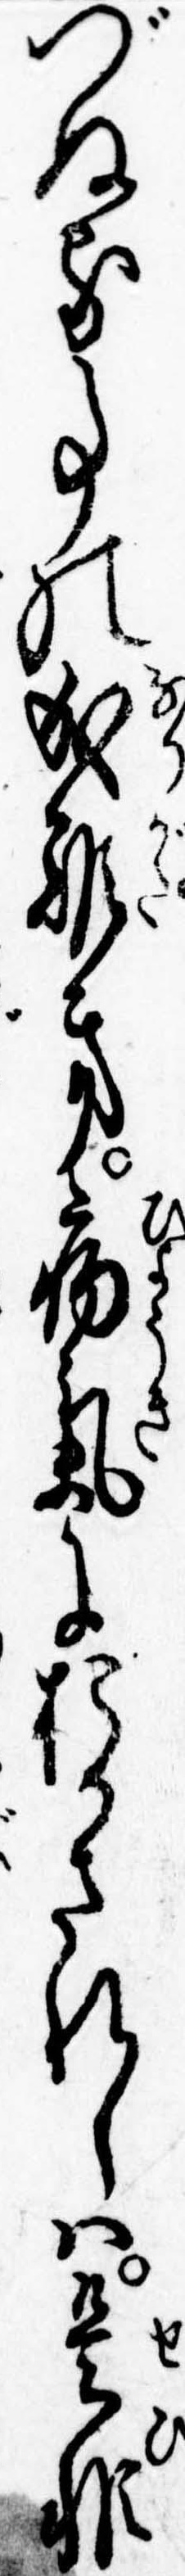
づぬる事の成難き病気におかされしは是非